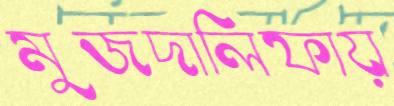
মুজদালিফায়